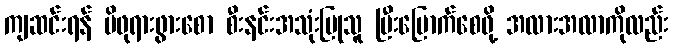
ကျဆင်းရန် မိဖုရားဖွားစော စီးနင်းအသုံးပြုသူ ပြီးမြောက်စေဖို့ အလားအလာကိုလည်း